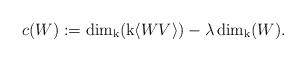
LaTeX: \begin{align*}c(W):=\dim_{\mathrm{k}}(\mathrm{k}\langle WV \rangle)-\lambda\dim_{\mathrm{k}}(W). \end{align*}